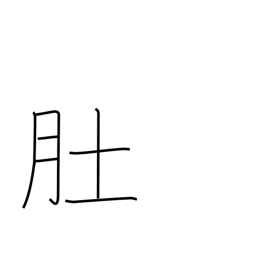
Meaning: stomach